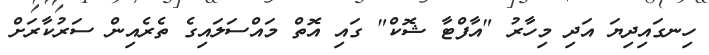
ހިނގައިދިޔަ އަދި މިހާރު "އާފްޓާ ޝޮކް" ގައި އޮތް މައްސަލައިގެ ތެރެއިން ސަރުކާރަށް